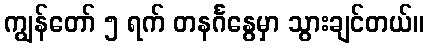
ကျွန်တော် ၅ ရက် တနင်္ဂနွေမှာ သွားချင်တယ်။